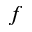
f